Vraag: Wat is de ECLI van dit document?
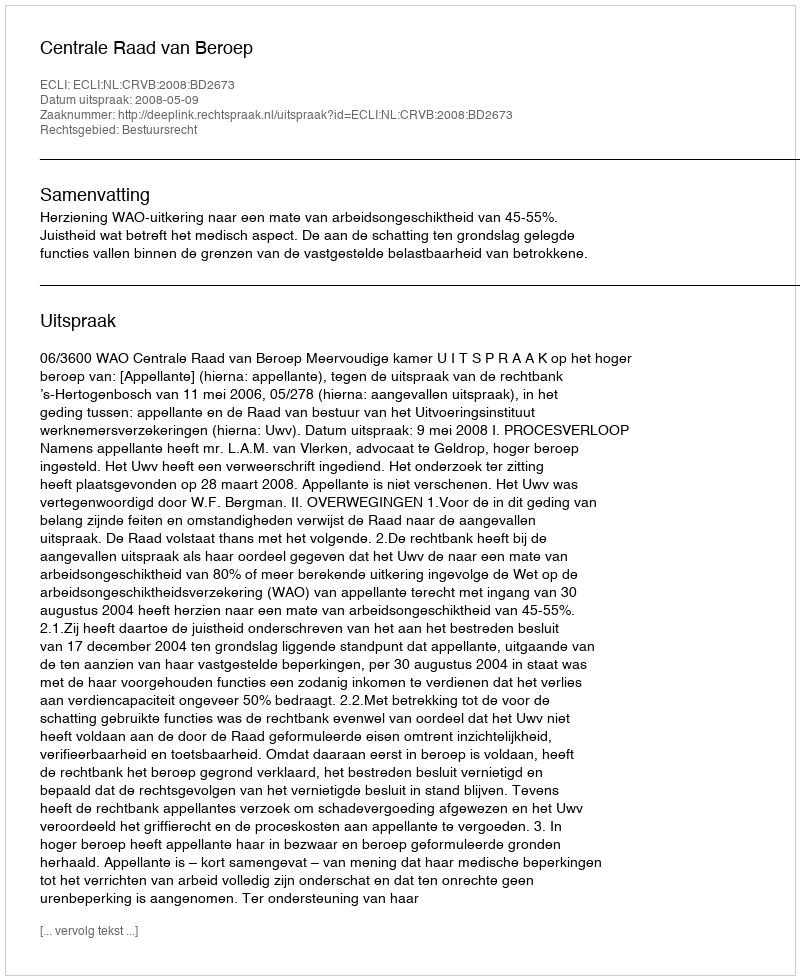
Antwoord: ECLI:NL:CRVB:2008:BD2673